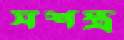
সশস্ত্র